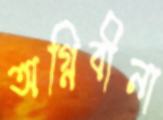
অগ্নিবীনা